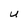
Character: U